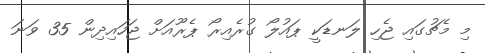
މި މެޗުގައި ޖެހި ލަނޑަކީ ޕައުލޯ ގުރެއިރޯ ޕެރޫއަށް ޖަހައިދިން 35 ވަނަ